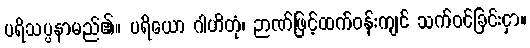
ပရိသပ္ပနာမည်၏။ ပရိယော ဂါဟိတုံ၊ ဉာဏ်ဖြင့်ထက်ဝန်းကျင် သက်ဝင်ခြင်းငှာ။